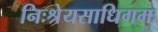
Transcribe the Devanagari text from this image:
निःश्रेयसाधिगमः